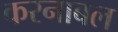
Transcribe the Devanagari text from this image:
करनाबल